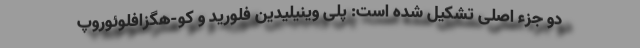
دو جزء اصلی تشکیل شده است: پلی وینیلیدین فلورید و کو-هگزافلوئوروپ